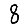
Digit: 8